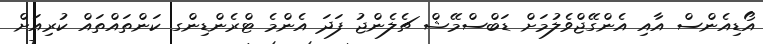
އޯޑިއެންސް އާއި އެންގޭޖްވެލުމަށް ޑަބްސްމޭޝް ޗެލެންޖު ފަދަ އެންމެ ޓްރެންޑިންގ ކަންތައްތައް ކުރިއަށް